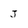
Character: j